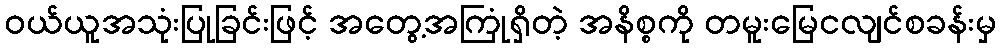
ဝယ်ယူအသုံးပြုခြင်းဖြင့် အတွေ့အကြုံရှိတဲ့ အနိစ္စကို တမူးမြေငလျင်စခန်းမှ